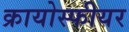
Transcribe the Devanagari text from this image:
क्रायोस्फीयर